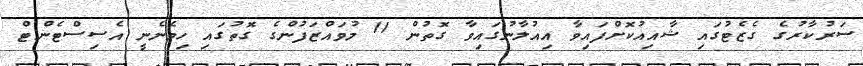
ސަރުކާރުގެ ގެޒެޓުގައި ޝާއިއުކޮށްފައިވާ އިއުލާނުގައިވާ ގޮތުން 11 މުވައްޒަފުންގެ ގޮތުގައި ހިމެނެނީ އެސިސްޓެންޓް